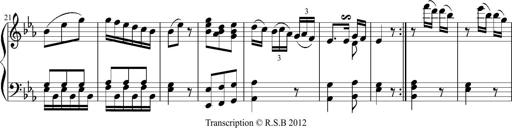
Title: 12 Sonatinas for Piano
Composer: Johann Baptist Vanhal